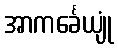
အာကင်္ခေယျုံ